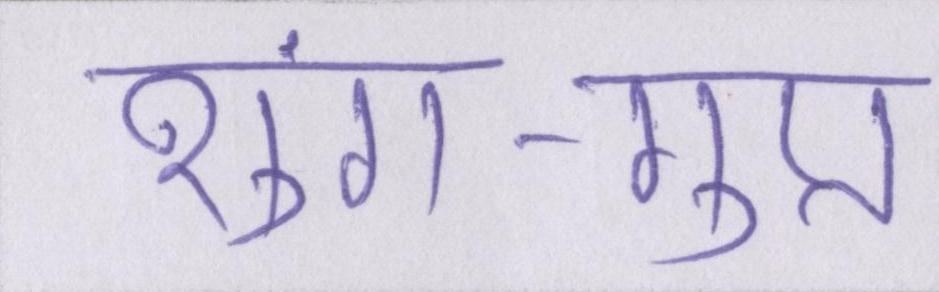
शुंग-गुप्त